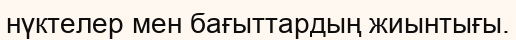
нүктелер мен бағыттардың жиынтығы.